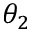
\theta _ { 2 }